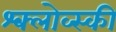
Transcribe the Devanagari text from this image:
श्क्लोव्स्की